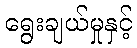
ရွေးချယ်မှုနှင့်